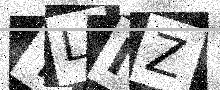
Text: YLIZ